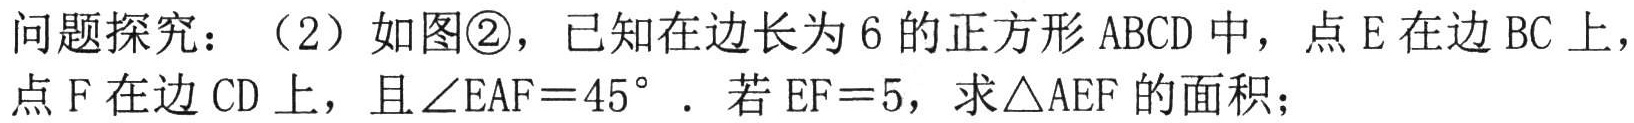
问题探究：（2）如图\textcircled{2}，已知在边长为6的正方形ABCD中，点E在边BC上，点F在边CD上，且$\angle EAF = 45^{\circ}$．若$EF = 5$，求$\triangle AEF$的面积；